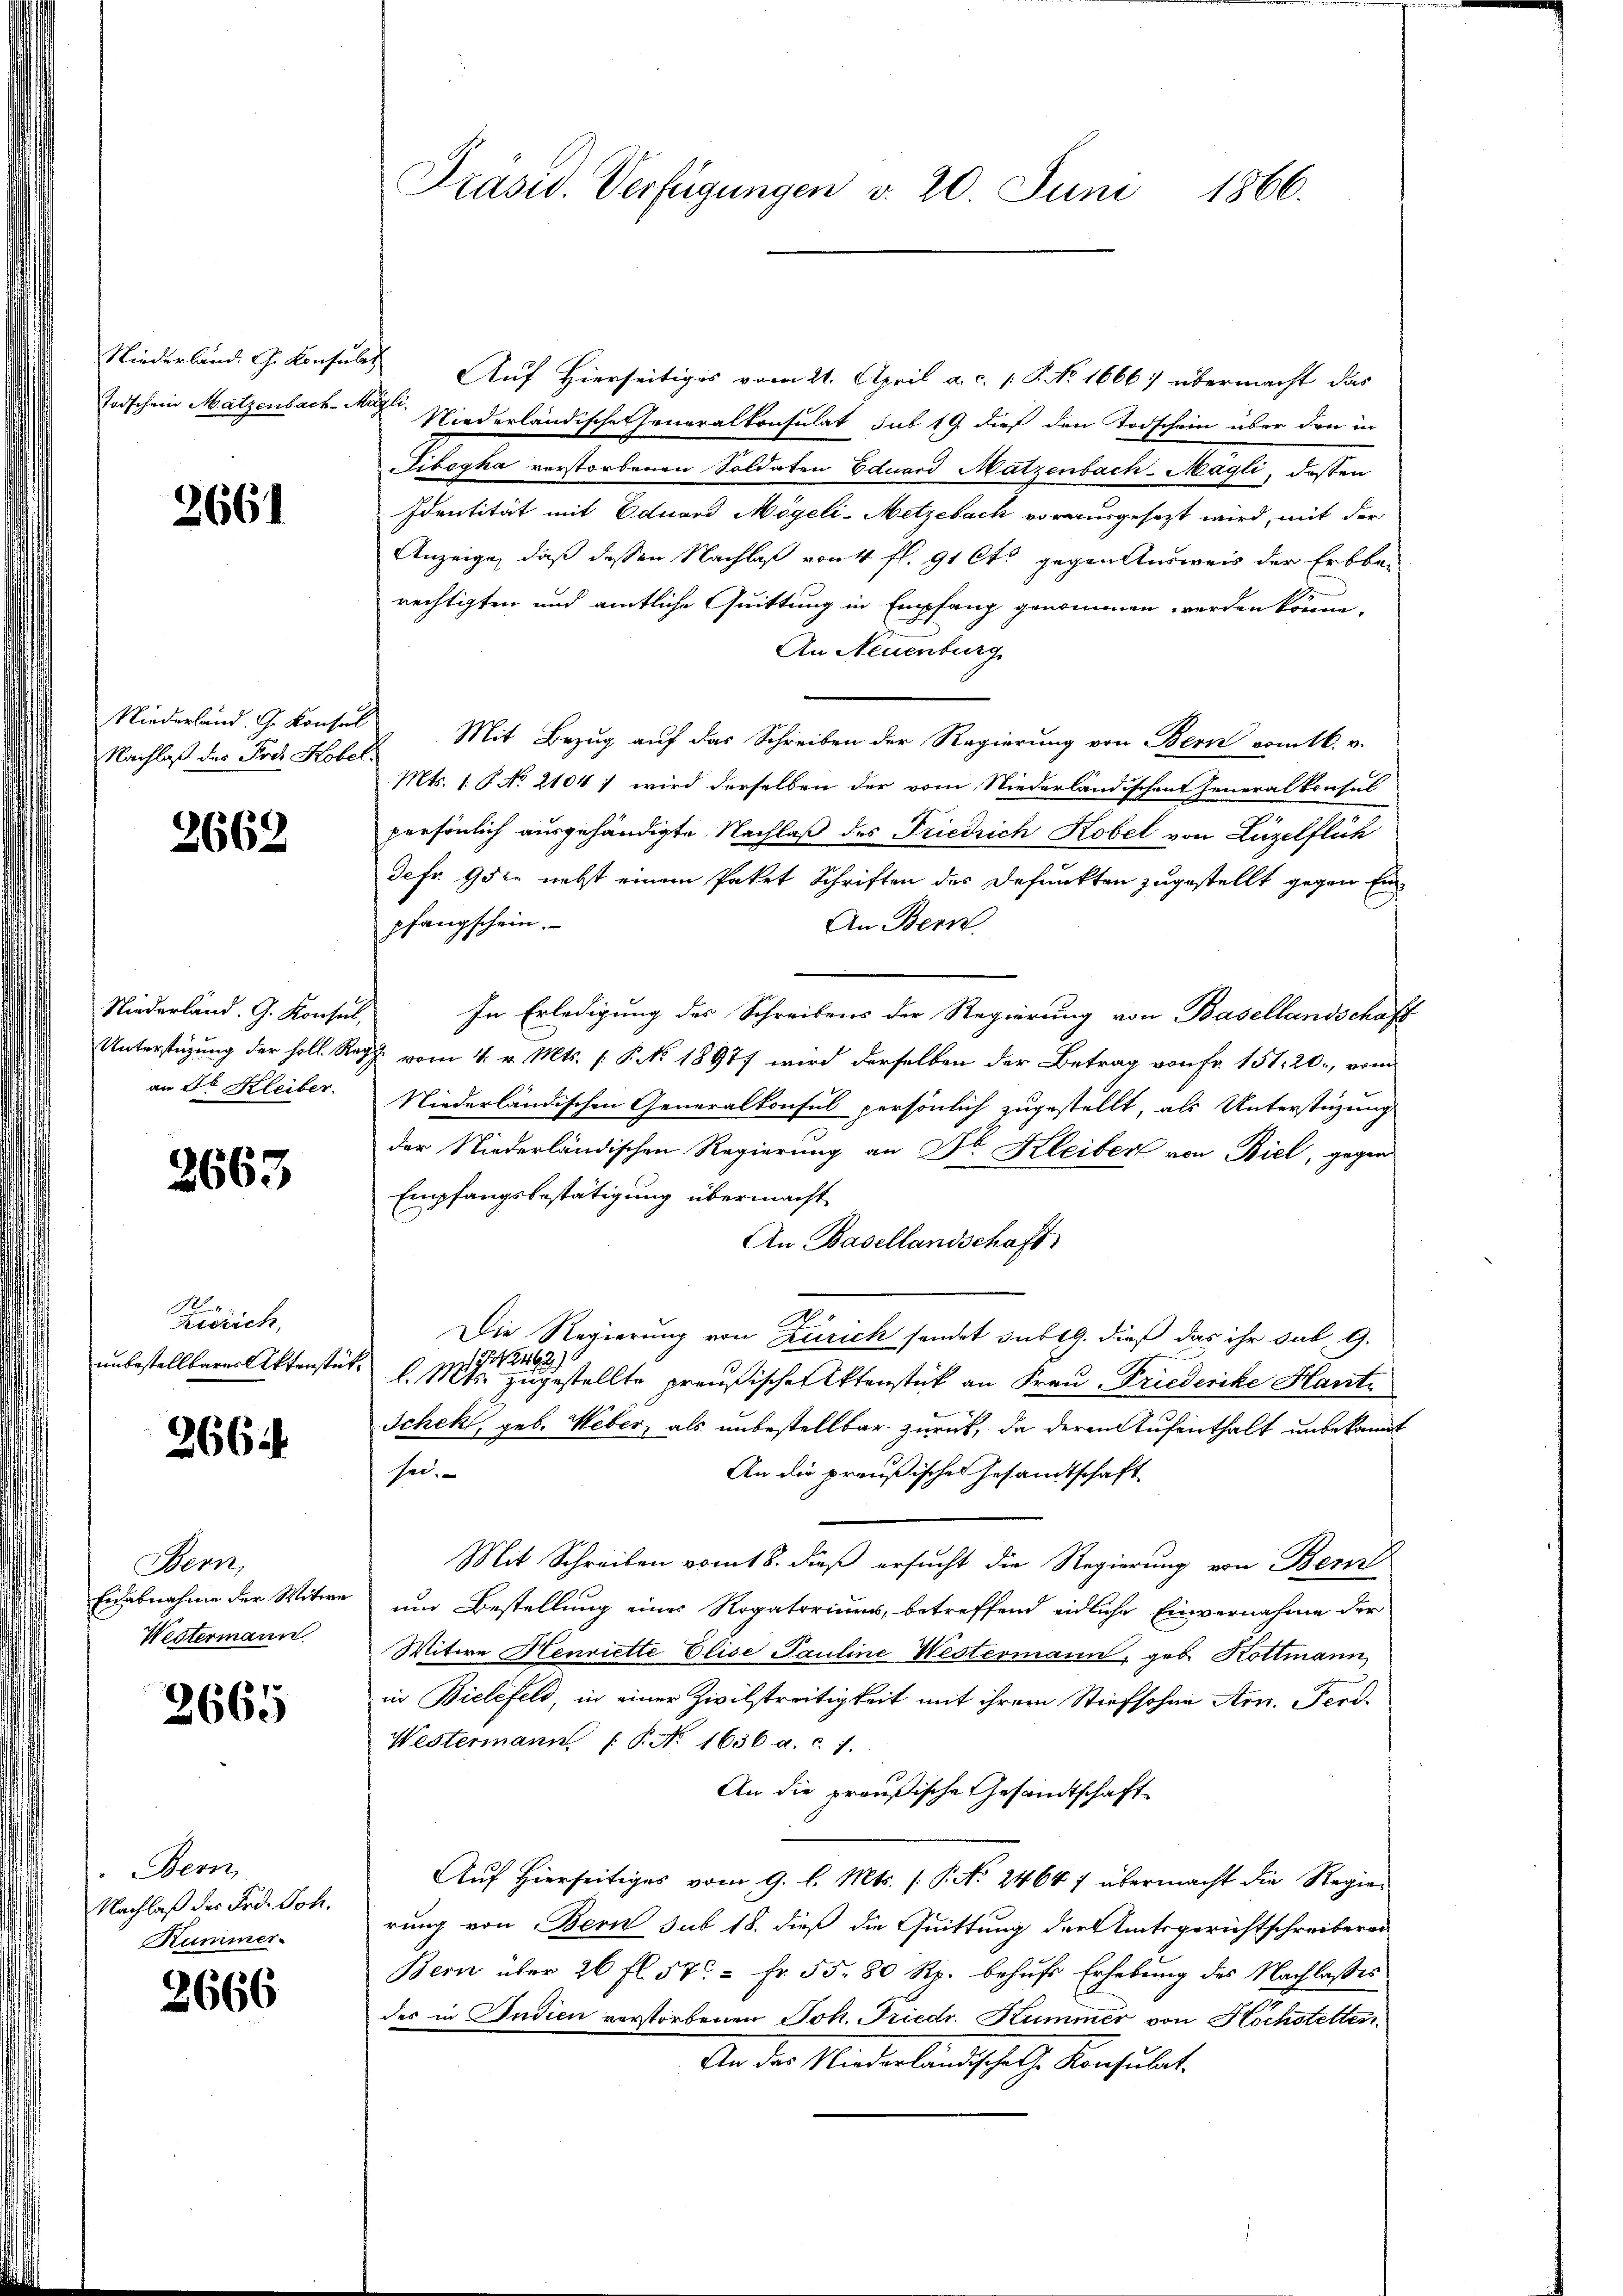
Niederland. G. Konsult
Todschein Matzenbach-Mi

2661

Niederland. G. Konsul
Nachlaß des Frei Kober

2662

Niederland. G. Konsul,
Unterstüzung der soll. Re
an Fr. Kleiber.

2663

Zürich,
unbestellbares Aktenstüt¬

266

Bern,
Eidabnahme der Witwe
Westermann

2665

Bern
Nachlaß des Frd. Joh.
Kummer.

2666

Präsid. Verfügungen v. 20 Juni 1866.

Auf Hierseitiges vom 21. April a. c. S. No. 1666) übermacht das
 Niederländische Generalkonsulat sub 19. dieß den Todschein über den in
ibegha verstorbenen Soldaten Eduard Matzenbach-Mägli, dassen
Identität mit Eduard Mögeli-Metzebach vorausgesezt wird, mit der
Anzeige, daß dessen Nachlaß von 4 fl. 91 Cts gegen Ausweis der Erbbei
rechtigten und amtliche Quittung in Empfang genommen werden könne,
An Neuenburg
Mit Bezug auf das Schreiben der Regierung von Bern vom 16. v.
Mts. 1. P. No 2104) wird derselben der vom Niederländischen Generalkonsul
persönlich ausgehändigte Nachlaß des Friedrich Kobel von Luzelflich
Jefr. 952 nebst einem Paket Schriften des Defunkten zugestellt gegen Enpfangschein.
An Bern
In Erledigung des Schreibens der Regierung von Basellandschaft
vom 4. v. Mts. (: P. NNo. 18977 wird derselben der Betrag von Fr. 151. 20., vom
Niederländischen Generalkonsul persönlich zugestellt, als Unterstüzung
der Niederländischen Regierung an Fr. Kleiber von Biel, gegen
Empfangsbestätigung übermacht
An Basellandschaft
Die Regierung von Zürich sendet subtg. dieß das ihr sub 9.
1774. 2163)
l. Mts. zugestellte preußische Aktenstück an Frau Friederike Hant¬
Schek, geb. Weber, als unbestellbar zurück, da deren Aufenthalt unbekannt
sei.
An die preußischen Gesandtschaft
Mit Schreiben vom 18. dieß ersucht die Regierung von Bern
um Bestellung einer Rogatoriums, betreffend eidliche Einvernahme der
Witwe Henriette Elise Pauline Westermann, geb. Kottmann,
in Bielefeld, in einer Zivilstreitigkeit mit ihrem Stiefsohne Arn. Ferd.
Westermann (§. No. 1636. a. c. 7.
An die preußische Gesandtschaft
e
Auf hierseitiges vom 9. l. Mts. (: P. No. 24667 übermacht die Regier
rung von Bern sub 18. dieß die Quittung der Amtsgerichtschreiberei
Bern über 26 fl. 570 = Fr. 55. 80 Rp. behufs Erhebung des Nachlasses
des in Indien verstorbenen Joh. Friedr. Kummer von Höchstetten.
An der Niederlandschale Konsulat,